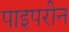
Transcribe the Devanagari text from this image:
पाइपरीन